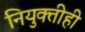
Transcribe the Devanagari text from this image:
नियुक्तीही